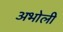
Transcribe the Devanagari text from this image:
अभोली